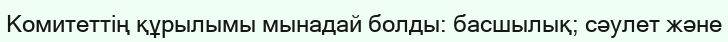
Комитеттің құрылымы мынадай болды: басшылық; сәулет және